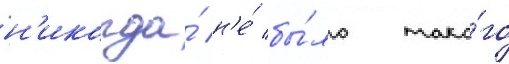
н'икогда́ н'е́ бы́ло тако́го